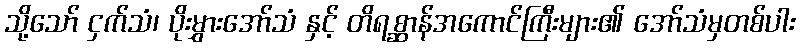
သို့သော် ငှက်သံ၊ ပိုးမွှားအော်သံ နှင့် တိရစ္ဆာန်အကောင်ကြီးများ၏ အော်သံမှတစ်ပါး